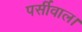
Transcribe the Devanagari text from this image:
पर्सीवाल।